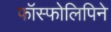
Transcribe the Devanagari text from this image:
फॉस्फोलिपिने